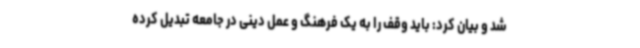
شد و بیان کرد: باید وقف را به یک فرهنگ و عمل دینی در جامعه تبدیل کرده